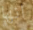
انها